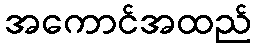
အကောင်အထည်